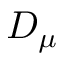
D _ { \mu }